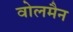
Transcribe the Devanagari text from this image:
वोलमैन